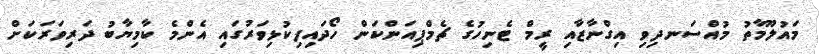
މައުލޫމާތު މުއްސަނދިވި އިގްނާޒާއި ރީމް ޓެނިހުގެ ޗެމްޕިއަންކަން ހޯދައިފިކުޅިވަރުގައި އެންމެ ކާމިޔާބު ދަރިވަރަކަށް